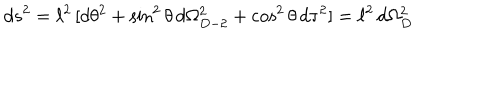
LaTeX: d s ^ { 2 } = \ell ^ { 2 } \, [ d \theta ^ { 2 } + \sin ^ { 2 } \theta \, d \Omega _ { D - 2 } ^ { 2 } + \cos ^ { 2 } \theta \, d \tau ^ { 2 } ] = \ell ^ { 2 } \, d \Omega _ { D } ^ { 2 }